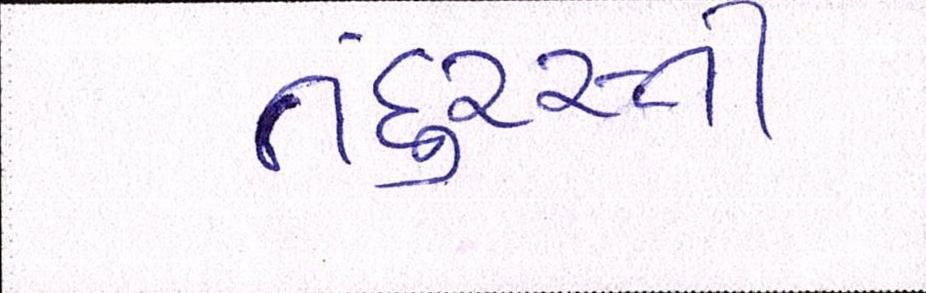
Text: તંદુરસ્તી